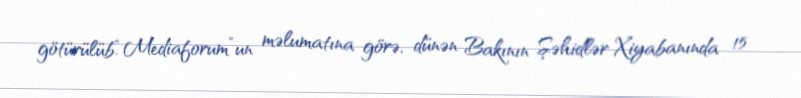
götürülüb.“Mediaforum”un məlumatına görə, dünən Bakının Şəhidlər Xiyabanında 15